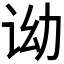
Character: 𬣦